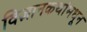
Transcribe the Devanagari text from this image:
विज्ञानकथांमधून